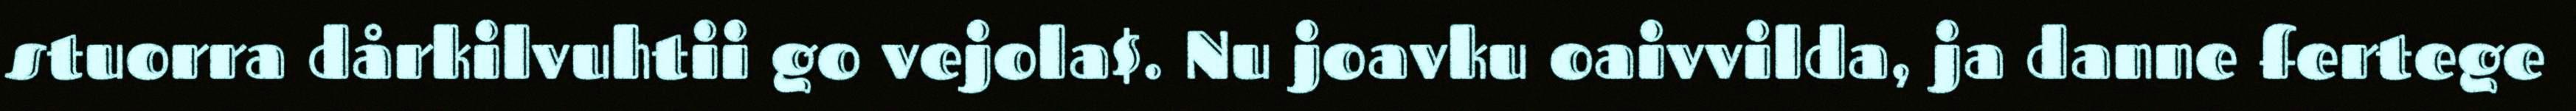
stuorra dårkilvuhtii go vejola$. Nu joavku oaivvilda, ja danne fertege